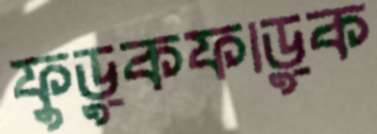
ফুড়ুকফাড়ুক